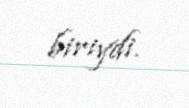
biriydi.